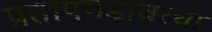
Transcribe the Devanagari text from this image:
प्रतापगडावरचा